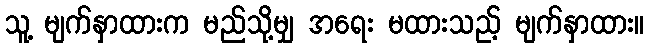
သူ့ မျက်နှာထားက မည်သို့မျှ အရေး မထားသည့် မျက်နှာထား။